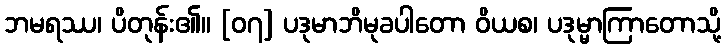
ဘမရဿ၊ ပိတုန်း၏။ [၀၇] ပဒုမာဘိမုခပါတော ဝိယစ၊ ပဒုမ္မာကြာတောသို့